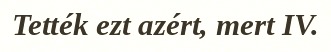
Tették ezt azért, mert IV.